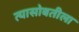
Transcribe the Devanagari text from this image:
त्यासोबतीला